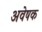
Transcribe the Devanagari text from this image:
अवेषक